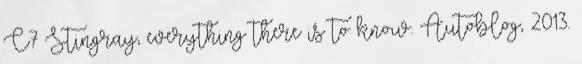
C7 Stingray, everything there is to know. Autoblog, 2013.